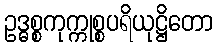
ဥဒ္ဓစ္စကုက္ကုစ္စပရိယုဋ္ဌိတော